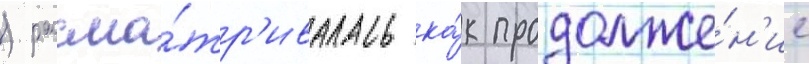
) рассма́тр'ивалась ка́к продолже́н'ие